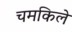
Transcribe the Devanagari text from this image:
चमकिले